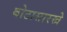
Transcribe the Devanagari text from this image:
बोटासारखे